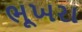
ભૂખરા